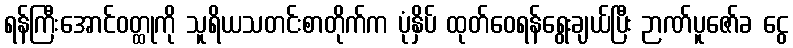
ရန်ကြီးအောင်ဝတ္ထုကို သူရိယသတင်းစာတိုက်က ပုံနှိပ် ထုတ်ဝေရန်ရွေးချယ်ပြီး ဉာဏ်ပူဇော်ခ ငွေ